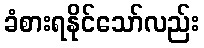
ခံစားရနိုင်သော်လည်း